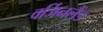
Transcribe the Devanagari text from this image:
वर्जिनलैंड